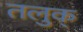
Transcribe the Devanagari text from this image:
तलुक्